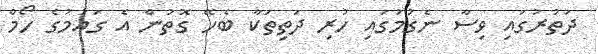
ދަތުރުގައި ވިސާ ނެގުމުގައި ހުރި ދަތިތަކާ ބެހޭ ގޮތުން އެ ގައުމުގެ ހޯމް